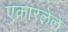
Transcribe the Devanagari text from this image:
एकारलेले